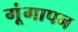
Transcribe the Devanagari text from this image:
गूंगापन